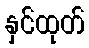
နှင်ထုတ်